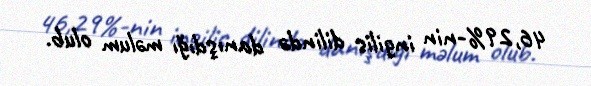
46,29%-nin ingilis dilində danışdığı məlum olub.